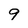
Character: 9